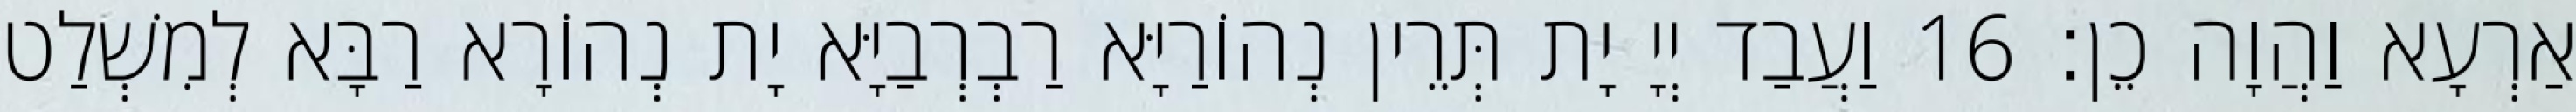
אַרְעָא וַהֲוָה כֵן׃ 16 וַעֲבַד יְיָ יָת תְּרֵין נְהוֹרַיָּא רַבְרְבַיָּא יָת נְהוֹרָא רַבָּא לְמִשְׁלַט